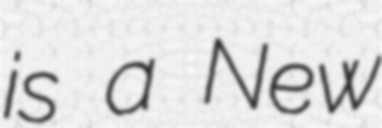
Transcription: is a New